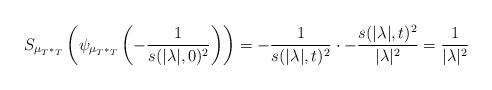
LaTeX: \begin{align*} S_{\mu_{T^*T}} \left(\psi_{\mu_{T^*T}}\left(-\frac{1}{s(|\lambda|,0 )^2}\right) \right) =-\frac{1}{s(|\lambda|,t)^2}\cdot-\frac{s(|\lambda|,t)^2}{|\lambda|^2} =\frac{1}{|\lambda|^2}\end{align*}